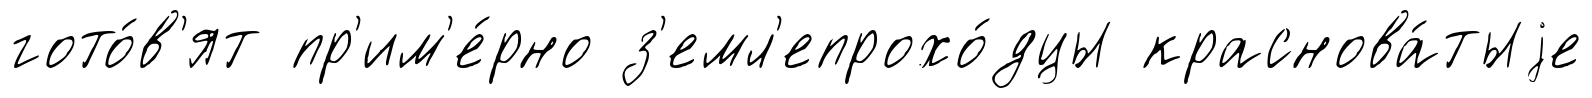
гото́в'ят пр'им'е́рно з'емл'епрохо́дцы краснова́тыjе